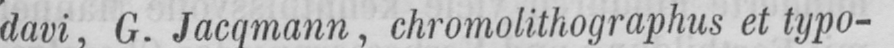
davi, G. Jacqmann, chromolithographus et typo-